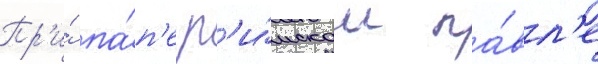
Пр'и́ па́п'е р'и́мском па́вл'е